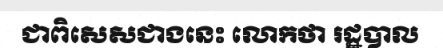
ជាពិសេសជាងនេះ លោកថា រដ្ឋបាល